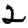
Digit: 2